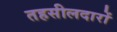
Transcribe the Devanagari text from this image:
तहसीलदारों